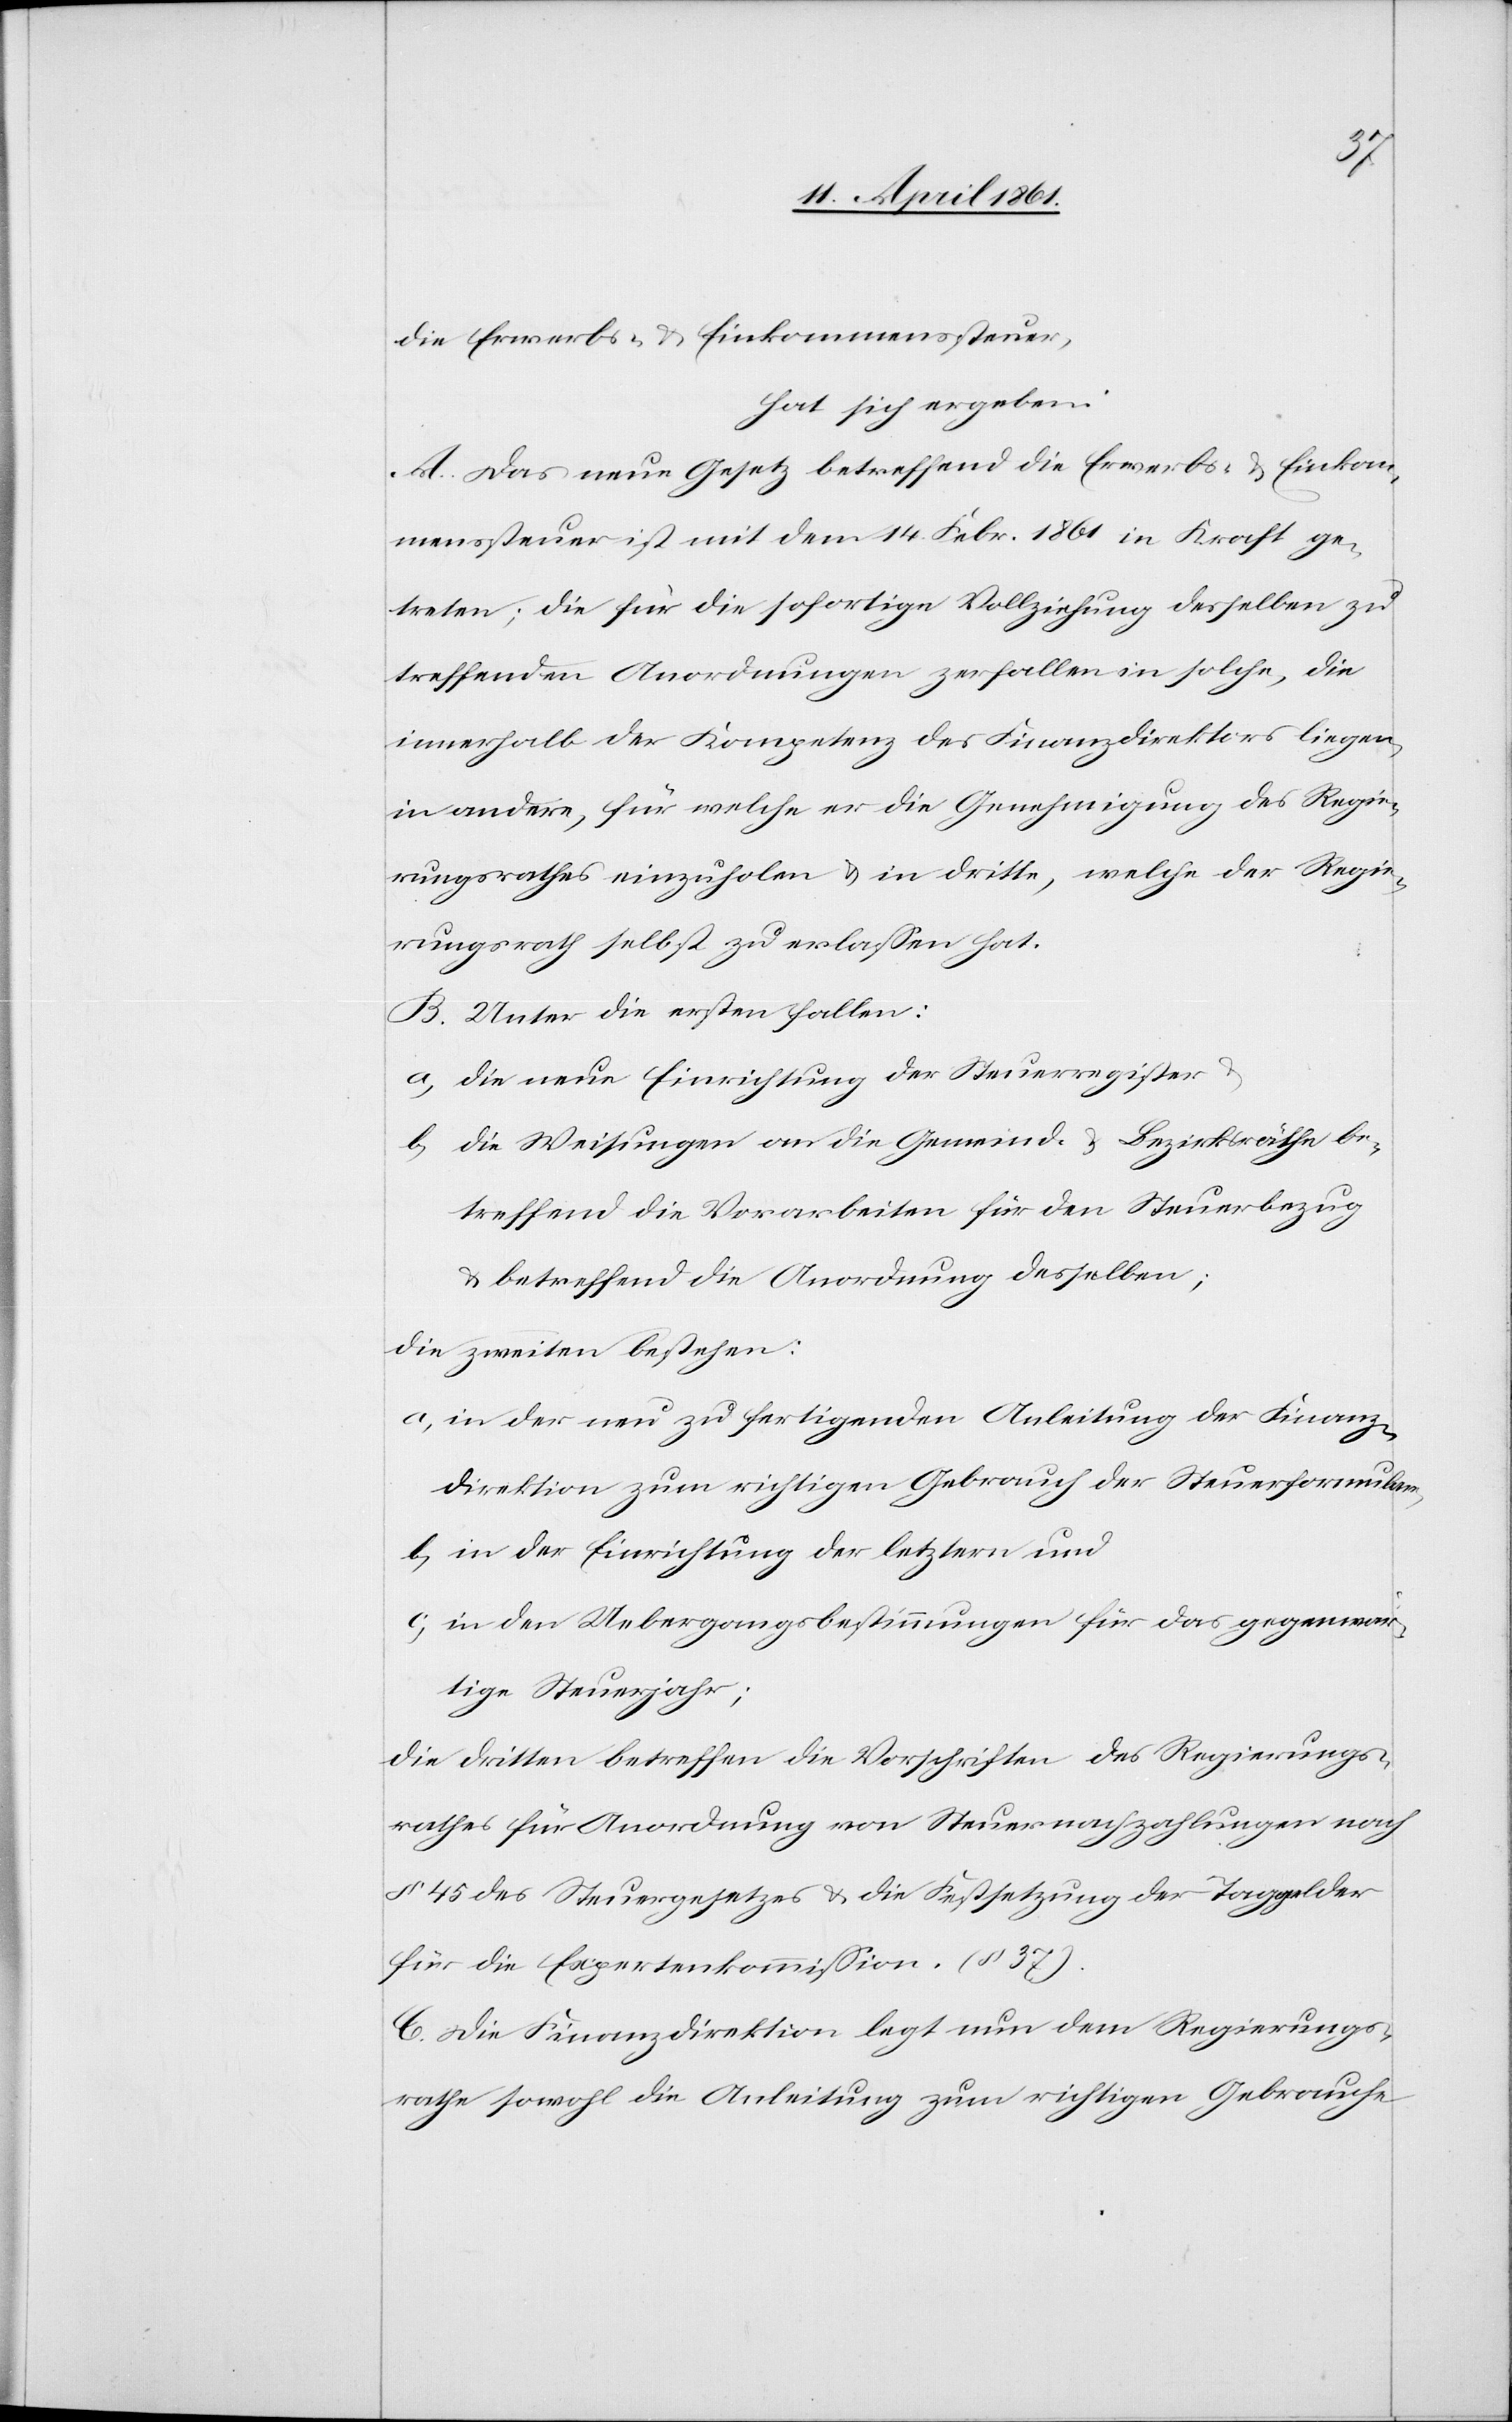
die Erwerbs- u. Einkommenssteuer,
hat sich ergeben:
A. Das neue Gesetz betreffend die Erwerbs- u. Einkom¬
menssteuer ist mit dem 14. Febr. 1861 in Kraft ge¬
treten; die für die sofortige Vollziehung desselben zu¬
treffenden Anordnungen zerfallen in solche, die
innerhalb der Kompetenz des Finanzdirektors liegen,
in andere, für welche er die Genehmigung des Regie¬
rungsrathes einzuholen u. in dritte, welche der Regie¬
rungsrath selbst zu erlassen hat.
B. Unter die ersten fallen:
a. die neue Einrichtung der Steuerregister
b. die Weisungen an die Gemeind- u. Bezirksräthe be¬
treffend die Vorarbeiten für den Steuerbezug
u. betreffend die Anordnungen derselben,
die zweiten bestehen:
a. in der neu zu fertigenden Anleitung der Finanz¬
direktion zum richtigen Gebrauch der Steuerformulare,
b. in der Einrichtung der letztern und
c. in den Uebergangsbestimmungen für das gegenwär¬
tige Steuerjahr;
Die dritten betreffen die Vorschriften des Regierungs¬
rathes für Anordnung von Steuernachzahlungen nach
§ 45 des Steuergesetzes u. die Festsetzung der Taggelder
für die Expertenkommission. (§ 37)
C. Die Finanzdirektion legt nun dem Regierungs¬
rathe sowohl die Anleitung zum richtigen Gebrauche